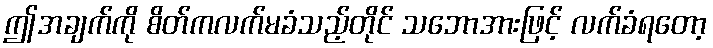
ဤအချက်ကို စိတ်ကလက်မခံသည့်တိုင် သဘောအားဖြင့် လက်ခံရတော့